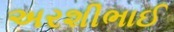
અરશીભાઈ